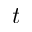
\boldsymbol { t }